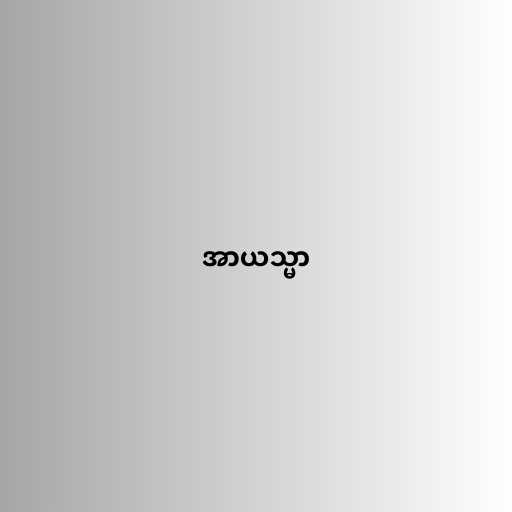
အာယသ္မာ